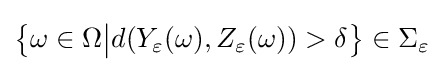
{\big \{}\omega \in \Omega {\big |}d(Y_{\varepsilon }(\omega ),Z_{\varepsilon }(\omega ))>\delta {\big \}}\in \Sigma _{\varepsilon }